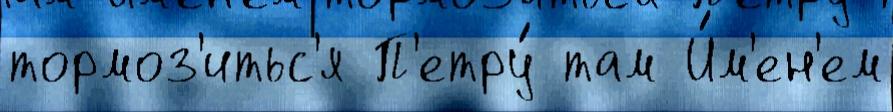
тормоз'итьс'я П'етру́ там И́м'ен'ем